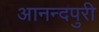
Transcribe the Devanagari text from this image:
आनन्दपुरी